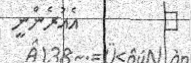
٣         އެއުރެންނީ